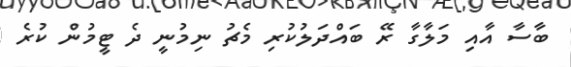
ބާސާ އާއި މަލާގާ ރޭ ބައްދަލުކުރި މެޗު ނިމުނީ ދެ ޓީމުން ކުރެ